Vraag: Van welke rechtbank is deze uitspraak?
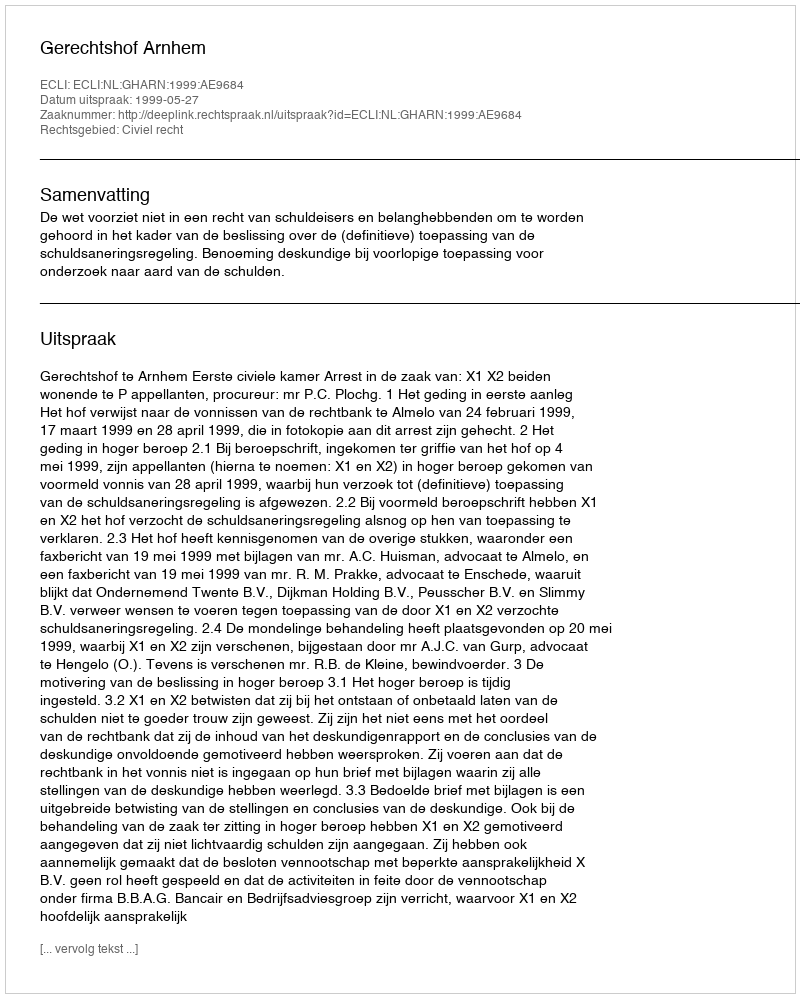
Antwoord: Gerechtshof Arnhem